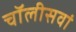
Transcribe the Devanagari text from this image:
चॉलीसवां